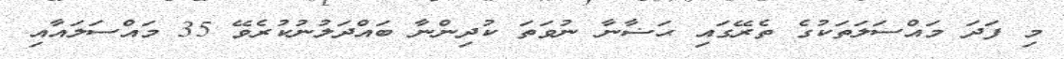
މި ފަދަ މައްސަލަތަކުގެ ތެރޭގައި ޙަޟާނާ ނުވަތަ ކުދިންނާ ބައްދަލުނުކުރެވޭ 35 މައްސަލައާއި